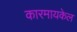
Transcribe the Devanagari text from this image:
कारमायकेल